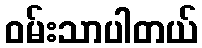
ဝမ်းသာပါတယ်